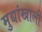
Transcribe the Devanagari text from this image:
मुद्यांखाली